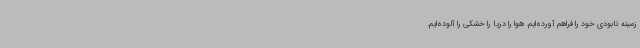
زمینه نابودی خود را فراهم آورده‌ایم. هوا را دریا را خشکی را آلوده‌ایم.